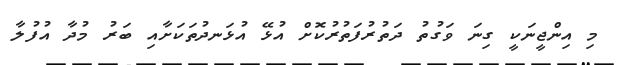
މި އިންޖީނަކީ ގިނަ ވަގުތު ދަތުރުފަތުރުކޮށް އުޅޭ އުޅަނދުތަކަށާއި ބަރު މުދާ އުފުލާ